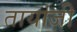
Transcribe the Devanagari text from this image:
तायांजी